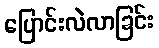
ပြောင်းလဲလာခြင်း